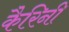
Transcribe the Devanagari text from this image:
कैरिनी